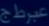
عبرطج